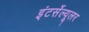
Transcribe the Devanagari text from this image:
इंटर्सेल्यूलर